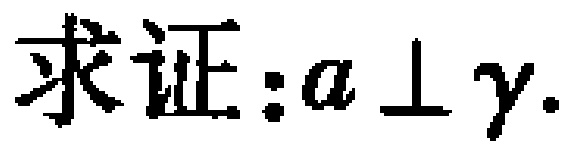
求证:\(a\perp \gamma\).